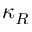
\kappa _ { R }